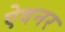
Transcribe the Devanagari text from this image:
ऐवनर